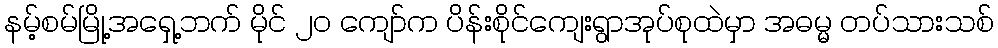
နမ့်စမ်မြို့အရှေ့ဘက် မိုင် ၂၀ ကျော်က ပိန်းစိုင်ကျေးရွာအုပ်စုထဲမှာ အဓမ္မ တပ်သားသစ်